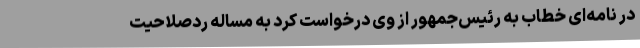
در نامه‌ای خطاب به رئیس‌جمهور از وی درخواست کرد به مساله ردصلاحیت